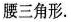
腰三角形.